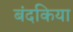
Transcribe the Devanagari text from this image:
बंदकिया